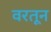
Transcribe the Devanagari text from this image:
वरतून